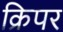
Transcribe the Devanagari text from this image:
क्रिपर